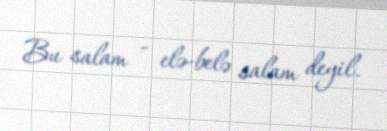
Bu salam - elə-belə salam deyil.